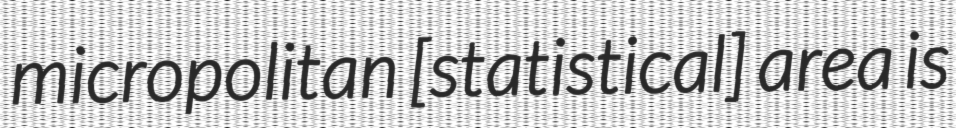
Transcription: micropolitan [statistical] area is